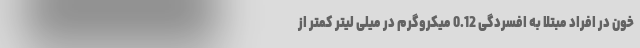
خون در افراد مبتلا به افسردگی 0.12 میکروگرم در میلی لیتر کمتر از